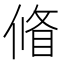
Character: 𠌪